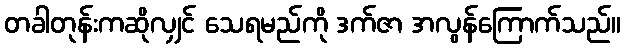
တခါတုန်းကဆိုလျှင် သေရမည်ကို ဒက်ဇာ အလွန်ကြောက်သည်။